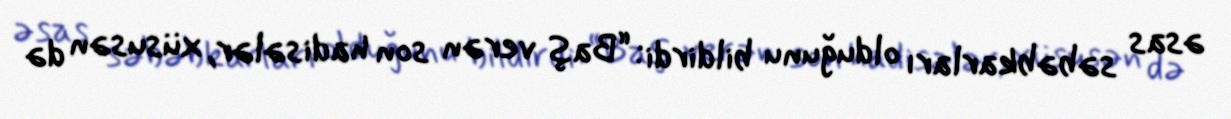
əsas səbəbkarları olduğunu bildirdi: “Baş verən son hadisələr, xüsusən də